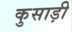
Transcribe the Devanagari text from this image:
कुसाड़ी